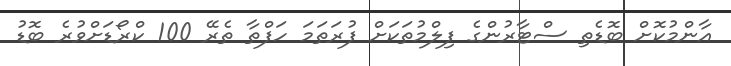
އާންމުކޮށް ބޮޑެތި ސްޓާރުންގެ ފިލްމުތަކަށް ފުރަތަމަ ހަފްތާ ތެރޭ 100 ކްރޯޑަށްވުރެ ބޮޑު